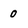
Character: 0